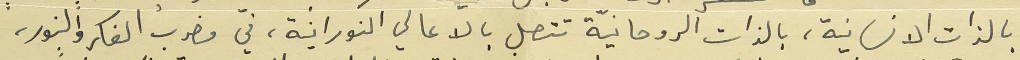
بالذات الانسانية، بالذات الروحانيّة تتصل بالاعالي النورانية، في مضرب الفكر والنور،